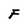
Character: F